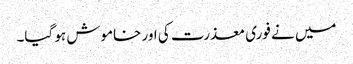
میں نے فوری معذرت کی اور خاموش ہو گیا۔